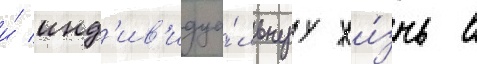
и́ инд'ив'идуа́льнуу жи́знь в